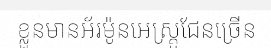
ខ្លួនមានអ័រម៉ូនអេស្ត្រូជែនច្រើន